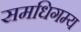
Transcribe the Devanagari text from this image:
समधिगम्य